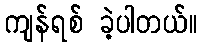
ကျန်ရစ် ခဲ့ပါတယ်။